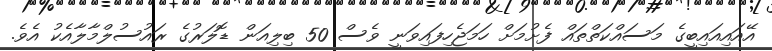
އޭއައިއައިބީގެ މަސައްކަތްތައް ފެށުމަށް ހަަމަޖެހިފައިވަނީ ވެސް 50 ބިލިއަން ޑޮލަރުގެ ރައުސުލްމާލާއެކު އެވެ.